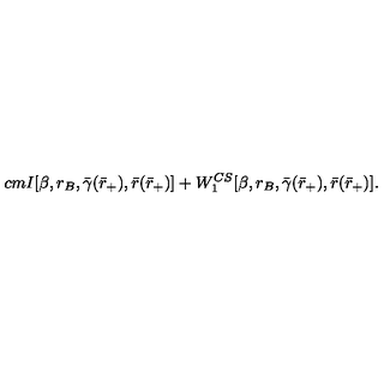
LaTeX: \hspace { 2 c m } I [ \beta , r _ { B } , \bar { \gamma } ( \bar { r } _ { + } ) , \bar { r } ( \bar { r } _ { + } ) ] + W _ { 1 } ^ { C S } [ \beta , r _ { B } , \bar { \gamma } ( \bar { r } _ { + } ) , \bar { r } ( \bar { r } _ { + } ) ] .